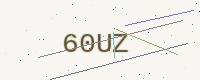
Text: 60UZ